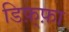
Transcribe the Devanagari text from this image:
डिफ़्फ़ा